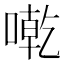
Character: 𠼳